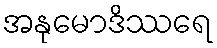
အနုမောဒိဿရေ